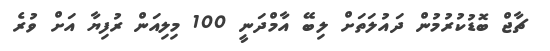
ޗާޖް ބޮޑުކުރުމުން ދައުލަތަށް ލިބޭ އާމްދަނީ 100 މިލިއަން ރުފިޔާ އަށް ވުރެ